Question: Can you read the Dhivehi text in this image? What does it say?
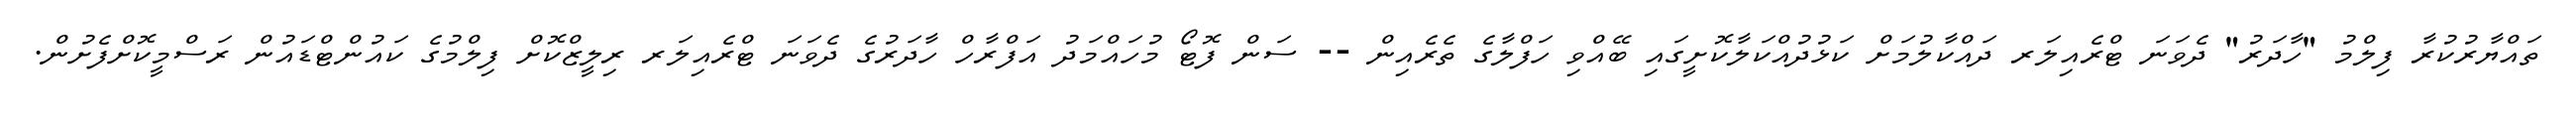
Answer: ތައްޔާރުކުރާ ފިލްމު "ހާދަރު" ދެވަނަ ޓްރެއިލަރ ދައްކާލުމަށް ކަޅުދުއްކަލާކޮށީގައި ބޭއްވި ހަފްލާގެ ތެރެއިން -- ސަން ފޮޓޯ މުހައްމަދު އަފްރާހް ހާދަރުގެ ދެވަނަ ޓްރެއިލަރ ރިލީޒްކޮށް ފިލްމުގެ ކައުންޓްޑައުން ރަސްމީކޮށްފެށުން.